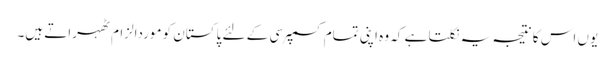
یوں اس کا نتیجہ یہ نکلتا ہے کہ وہ اپنی تمام کسمپرسی کے لئے پاکستان کو موردالزام ٹھہراتے ہیں۔